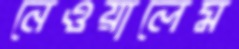
নেওয়ালেম